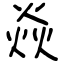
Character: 焱